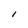
Character: I